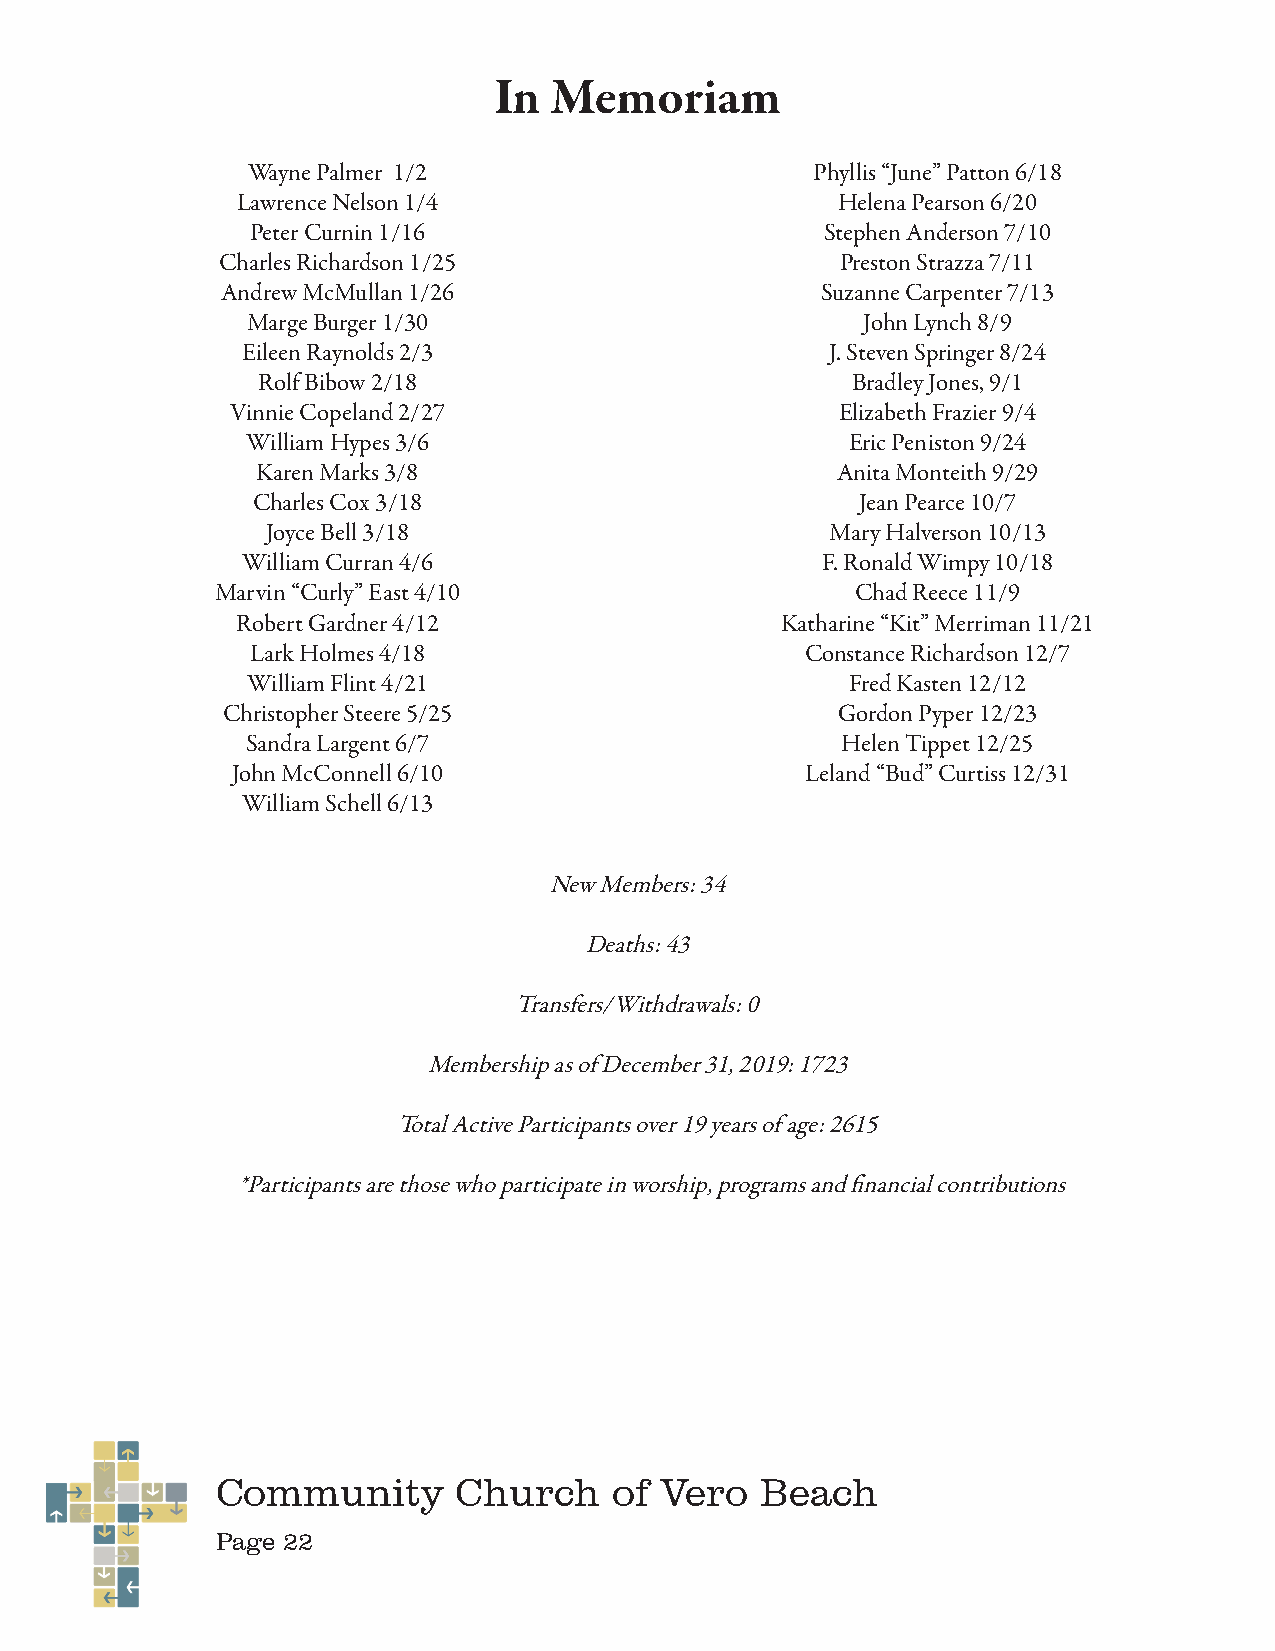
In Memoriam
 Wayne Palmer 1/2                      Phyllis “June” Patton 6/18
 Lawrence Nelson 1/4                     Helena Pearson 6/20
 Peter Curnin 1/16                     Stephen Anderson 7/10
 Charles Richardson 1/25                  Preston Strazza 7/11
 Andrew McMullan 1/26                   Suzanne Carpenter 7/13
 Marge Burger 1/30                        John Lynch 8/9
 Eileen Raynolds 2/3                    J. Steven Springer 8/24
 Rolf Bibow 2/18                        Bradley Jones, 9/1
 Vinnie Copeland 2/27                     Elizabeth Frazier 9/4
 William Hypes 3/6                       Eric Peniston 9/24
 Karen Marks 3/8                       Anita Monteith 9/29
 Charles Cox 3/18                        Jean Pearce 10/7
 Joyce Bell 3/18                      Mary Halverson 10/13
 William Curran 4/6                    F. Ronald Wimpy 10/18
 Marvin “Curly” East 4/10                   Chad Reece 11/9
 Robert Gardner 4/12                 Katharine “Kit” Merriman 11/21
 Lark Holmes 4/18                    Constance Richardson 12/7
 William Flint 4/21                      Fred Kasten 12/12
 Christopher Steere 5/25                 Gordon Pyper 12/23
 Sandra Largent 6/7                      Helen Tippet 12/25
 John McConnell 6/10                   Leland “Bud” Curtiss 12/31
 William Schell 6/13
 New Members: 34
 Deaths: 43
 Transfers/Withdrawals: 0
 Membership as of December 31, 2019: 1723
 Total Active Participants over 19 years of age: 2615
 *Participants are those who participate in worship, programs and financial contributions
 Community       Church     of Vero  Beach
 Page 22